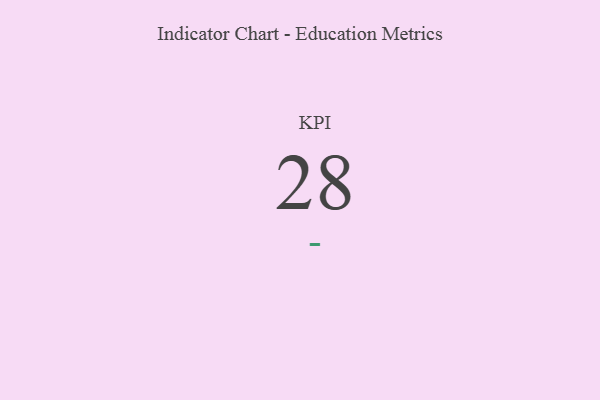
{"axis": {"x": "KPI", "y": "Value"}, "legend": [""], "data": [{"x": "KPI", "y": 28, "type": ""}]}